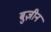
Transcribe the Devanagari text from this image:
बुज़ीन